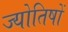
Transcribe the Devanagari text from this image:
ज्योतिषों